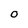
Character: 0